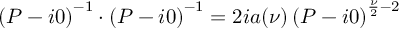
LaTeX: \left( P - i 0 \right) ^ { - 1 } \cdot \left( P - i 0 \right) ^ { - 1 } = 2 i a ( \nu ) \left( P - i 0 \right) ^ { \frac { \nu } { 2 } - 2 }